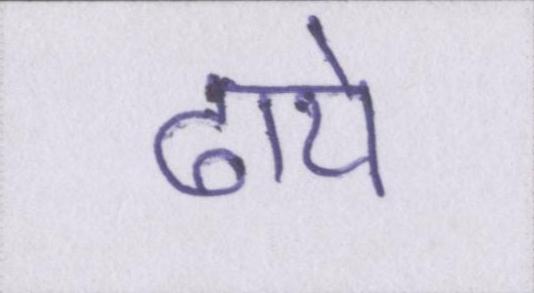
ढाये